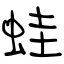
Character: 蛙